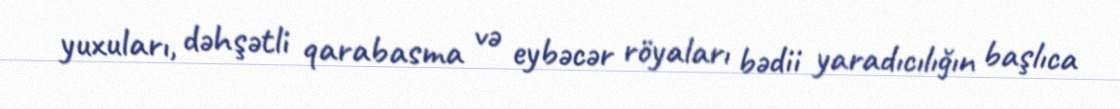
yuxuları, dəhşətli qarabasma və eybəcər röyaları bədii yaradıcılığın başlıca